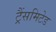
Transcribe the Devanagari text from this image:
ट्रैंसमिटेड